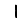
Digit: 1